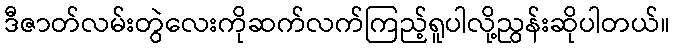
ဒီဇာတ်လမ်းတွဲလေးကိုဆက်လက်ကြည့်ရူပါလို့ညွန်းဆိုပါတယ်။